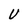
Character: U